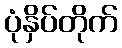
ပုံနှိပ်တိုက်